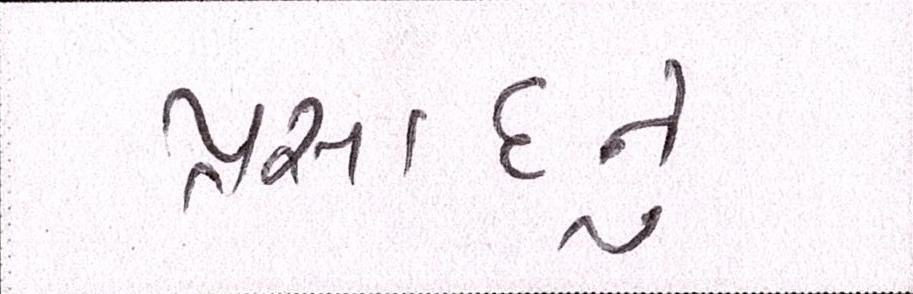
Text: પ્રસાદનું